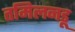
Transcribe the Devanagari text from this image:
तमिलनडू